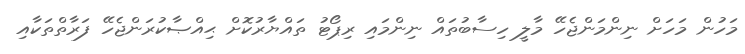
މަހުން މަހަށް ނިންމަންޖެހޭ މާލީ ހިސާބުތައް ނިންމައި ރިޕޯޓު ތައްޔާރުކޮށް ޙިއްޞާކުރަންޖެހޭ ފަރާތްތަކާއި